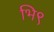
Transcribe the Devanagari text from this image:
भि९